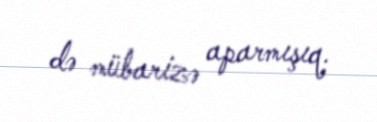
də mübarizə aparmışıq.